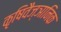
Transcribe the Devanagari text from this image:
कृषिवैज्ञानिक